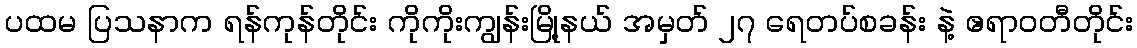
ပထမ ပြသနာက ရန်ကုန်တိုင်း ကိုကိုးကျွန်းမြို့နယ် အမှတ် ၂၇ ရေတပ်စခန်း နဲ့ ဧရာဝတီတိုင်း